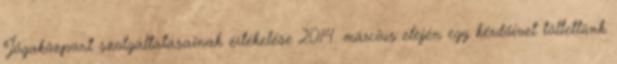
Jógaközpont szolgáltatásainak értékelése 2014. március elején egy kérdőívet töltettünk